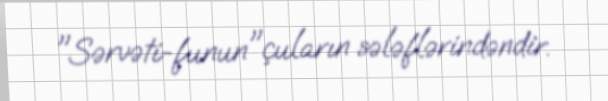
"Sərvəti-funun"çuların sələflərindəndir.